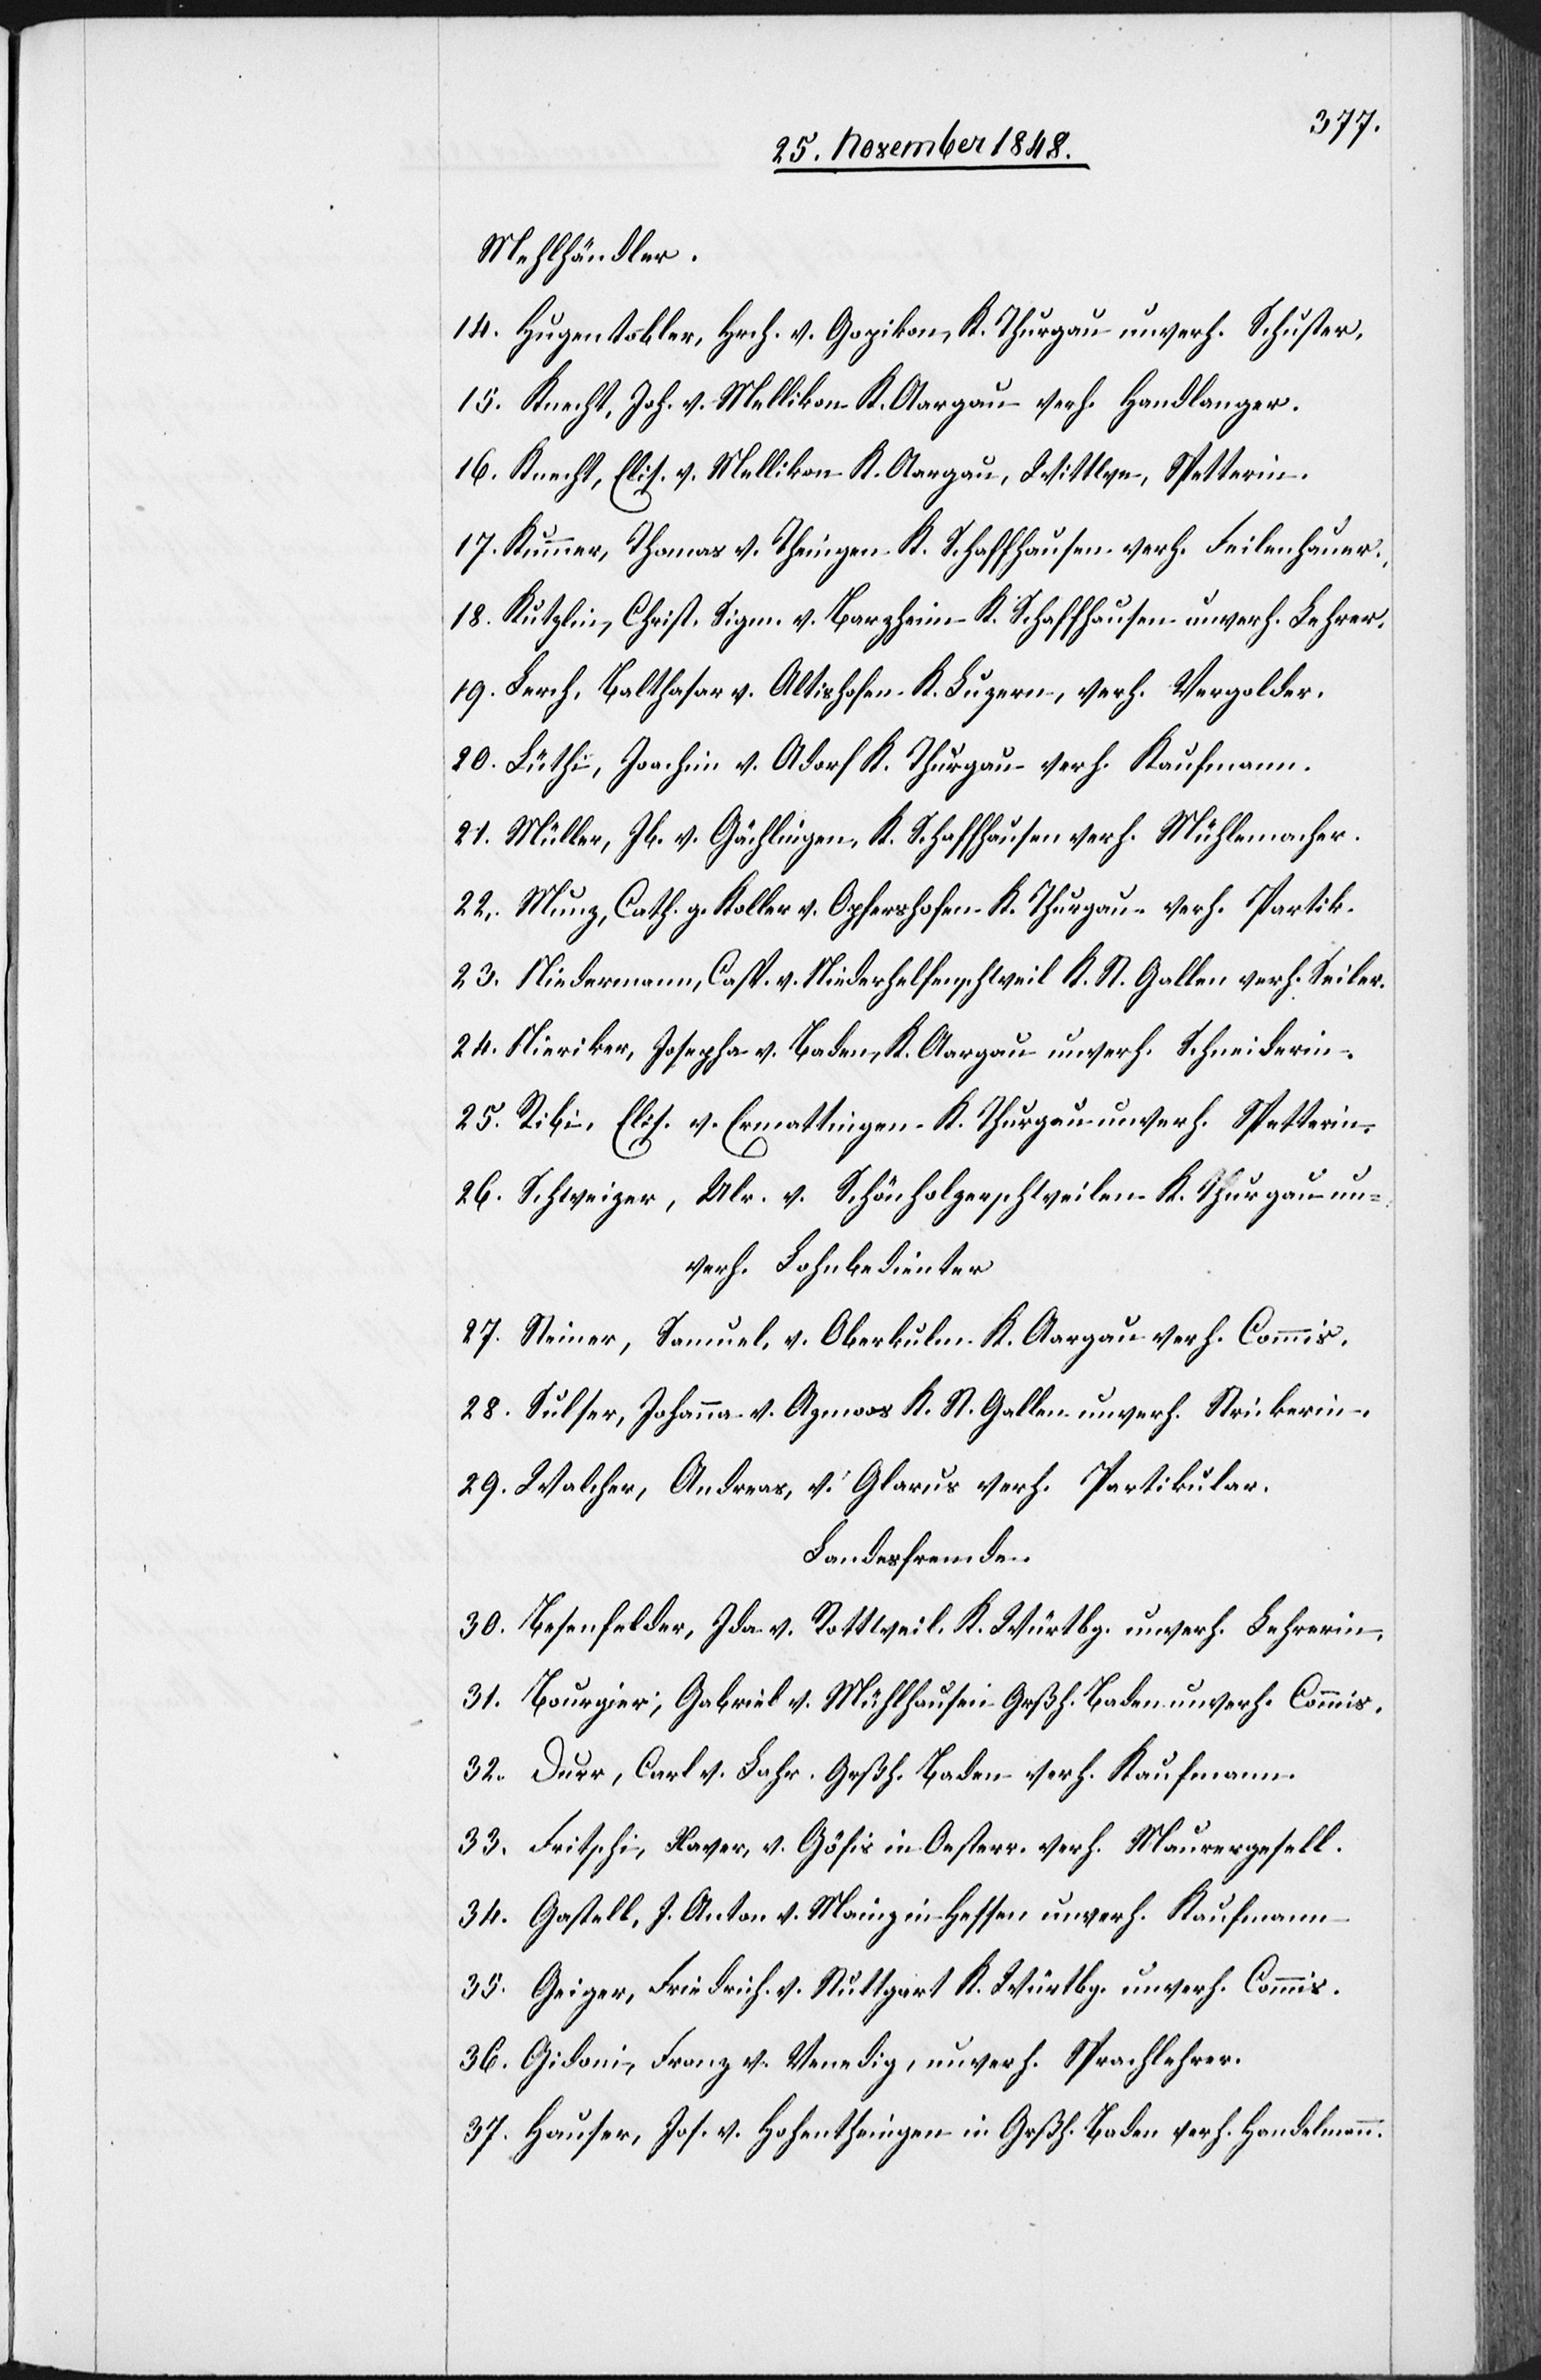
Mehlhändler.
14. Hugentobler, Hrch. v. Gopikon, K. Thurgau unverh. Schuster.
15. Knecht, Joh. v. Mellikon K. Aargau verh. Handlanger.
16. Knecht, Elis. v. Mellikon K. Aargau, Wittwe, Spetterin.
17. Kummer, Thomas v. Theingen K. Schaffhausen verh. Feilenhauer.
18. Kutzlin, Christ. Sigm. v. Barzheim K. Schaffhausen unverh. Lehrer.
19. Lerch, Balthasar v. Altishofen K. Luzern, verh. Vergolder.
20. Lüthi, Joachim v. Adorf K. Thurgau verh. Kaufmann.
21. Müller, Jb. v. Gächlingen, K. Schaffhausen verh. Mühlemacher.
22. Munz, Cath. g. Koller v. Opfershofen K. Thurgau verh. Partik.
23. Niedermann, Casp. v. Niederhelferschweil K. St. Gallen verh. Seiler.
24. Nieriker, Josepha v. Baden, K. Aargau unverh. Schneiderin.
25. Ribi, Elis. v. Ermattingen K. Thurgau unverh. Spetterin.
26. Schweizer, Ulr. v. Schönholzerschweilen K. Thurgau un¬
verh. Lohnbedienter
27. Steiner, Samuel, v. Oberkulen K. Aargau verh. Commis.
28. Sulser, Johanna v. Azmoos K. St. Gallen unverh. Strickerin.
29. Walcher, Andreas, v. Glarus verh. Partikular.
Landesfremde.
30. Besenfelder, Ida v. Rottweil. K. Würtbg. unverh. Lehrerin.
31. Bourgier, Gabriel v. Mühlhausen Grßh. Baden unverh. Commis.
32. Durr, Carl v. Lahr Grßh. Baden verh. Kaufmann.
33. Fritschi, Xaver, v. Göfis in Oesterr. verh. Maurergesell.
34. Gastell, J. Anton v. Mainz in Hessen unverh. Kaufmann
35. Geiger, Friedrich v. Stuttgart K. Würtbg. unverh. Commis.
36. Gidoni, Franz v. Venedig, unverh. Sprachlehrer.
37. Hauser, Jos. v. Hohentheingen in Grßh. Baden verh. Handelmann.